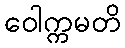
ဝေါက္ကမတိ